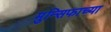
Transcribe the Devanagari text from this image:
मुन्सिफाच्या